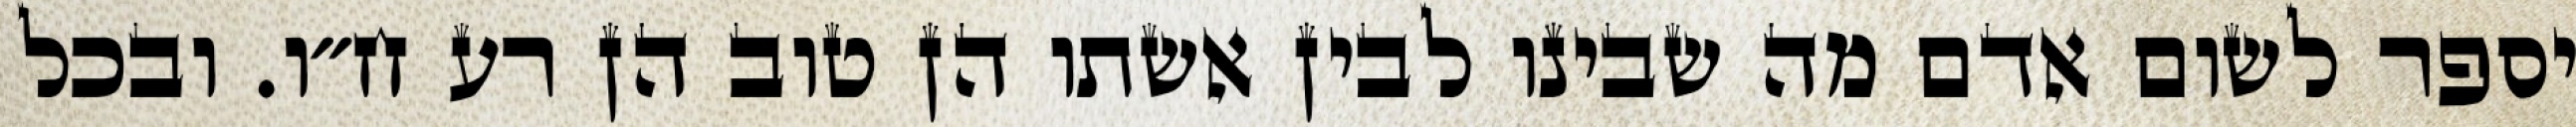
יספר לשום אדם מה שבינו לבין אשתו הן טוב הן רע ח״ו. ובכל